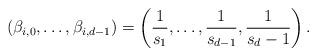
LaTeX: \begin{align*}\left(\beta_{i,0},\ldots,\beta_{i,d-1}\right) =\left(\frac{1}{s_1},\ldots,\frac{1}{s_{d-1}},\frac{1}{s_d-1}\right).\end{align*}